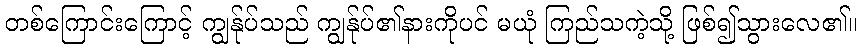
တစ်ကြောင်းကြောင့် ကျွန်ုပ်သည် ကျွန်ုပ်၏နားကိုပင် မယုံ ကြည်သကဲ့သို့ ဖြစ်၍သွားလေ၏။